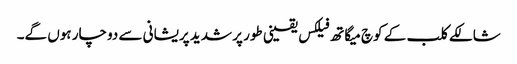
شالکے کلب کے کوچ میگاتھ فیلکس یقینی طور پر شدید پریشانی سے دوچار ہوں گے۔